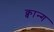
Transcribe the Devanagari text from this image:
क्वान्ग